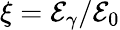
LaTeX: \xi=\mathcal{E}_{\gamma}/\mathcal{E}_{0}